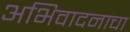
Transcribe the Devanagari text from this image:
अभिवादनाचा